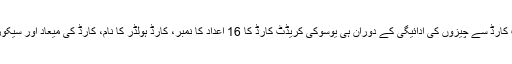
گاہکوں کے کریڈٹ کارڈ سے چیزوں کی ادائیگی کے دوران ہی یوسوکی کریڈٹ کارڈ کا 16 اعداد کا نمبر، کارڈ ہولڈر کا نام، کارڈ کی میعاد اور سیکورٹی کوڈ یاد کر لیتا۔